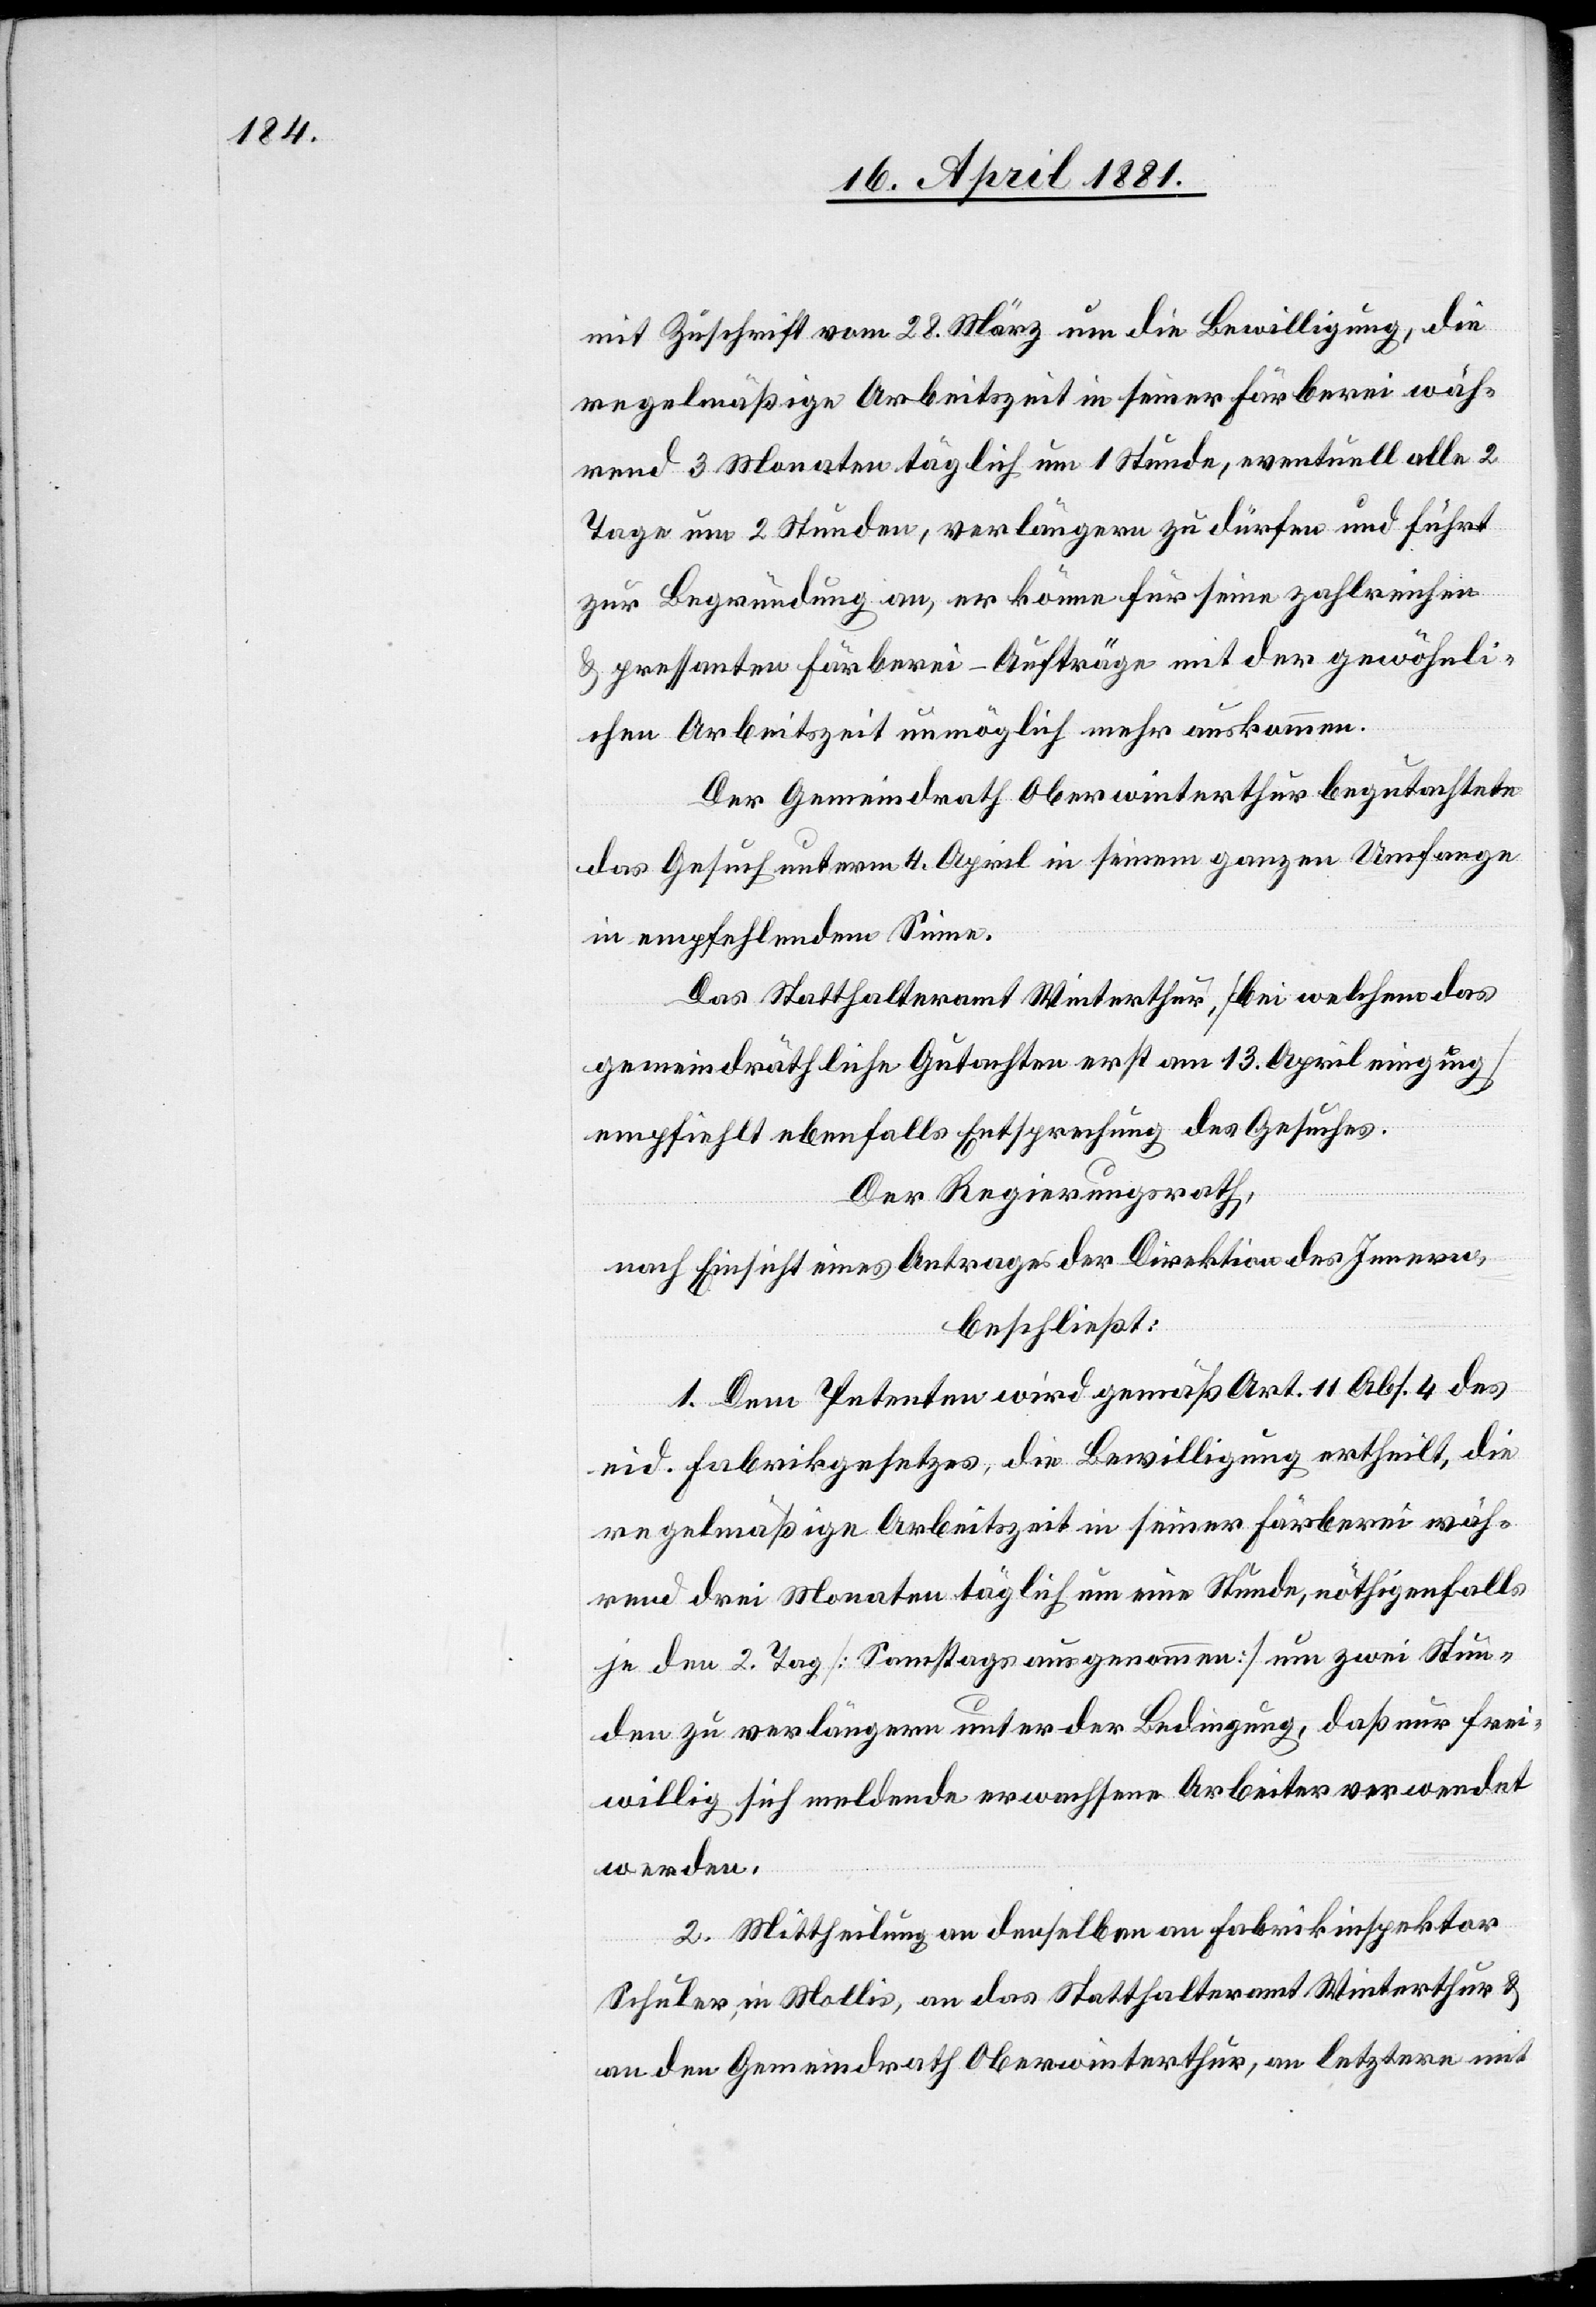
mit Zuschrift vom 28. März um die Bewilligung, die
regelmäßige Arbeitszeit in seiner Färberei wäh¬
rend 3 Monaten täglich um 1 Stunde, eventuellalle 2
Tage um 2 Stunden, verlängern zu dürfen und führt
zur Begründung an, er könne für seine zahlreichen
& pressanten Färberei-Aufträge mit der gewöhnli¬
chen Arbeitszeit unmöglich mehr auskommen.
Der Gemeindrath Oberwinterthur begutachtete
das Gesuch unterm 4. April in seinem ganzen Umfange
in empfehlendem Sinne.
Das Statthalteramt Winterthur, [bei welchem das
gemeindräthliche Gutachten erst am 13. April einging]
empfiehlt ebenfalls Entsprechung des Gesuches.
Der Regierungsrath,
nach Einsicht eines Antrages der Direktion des Innern,
beschließt:
1. Dem Petenten wird gemäß Art. 11 Abs. 4 des
eid. Fabrikgesetzes, die Bewilligung ertheilt, die
regelmäßige Arbeitszeit in seiner Färberei wäh¬
ren drei Monaten täglich um eine Stunde, nöthigenfalls
jeden 2. Tag [Samstags ausgenommen] um zwei Stun¬
den zu verlängern unter der Bedingung, daß nur frei¬
willig sich meldende erwachsene Arbeiter verwendet
werden.
2. Mittheilung an denselben[,] an Fabrikinspektor
Schuler, in Mollis, an das Statthalteramt Winterthur &
an den Gemeindrath Oberwinterthur, an letzern mit